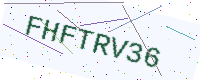
Text: FHFTRV36